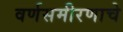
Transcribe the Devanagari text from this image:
वर्णसमीरणाचे